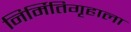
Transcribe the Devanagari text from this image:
निर्मितिगृहाला